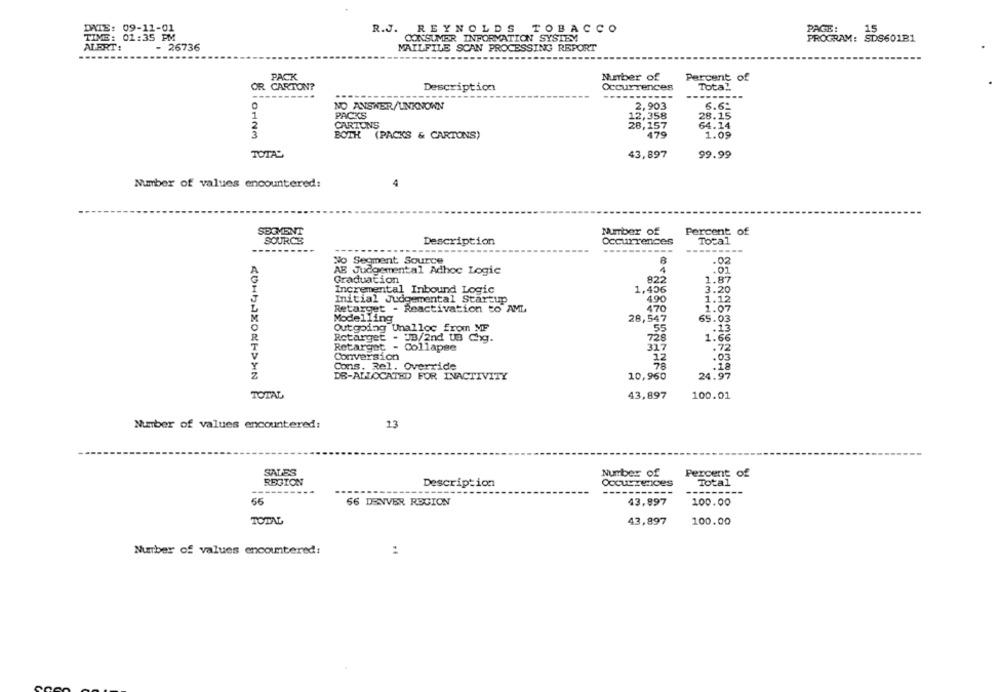
R.J. REYNOLDS TOBACCO
PAGE:
15
PAIS: 09-11-01
CONSUMER INFORMATION SYSTEM
PROGRAM: SDS601B1
ALERT:
- 26736
MAILFILE SCAN PROCESSING REPORT
PACK
Number of
Percent of
OR CARTON?
Description
Occurrences
Total
---
----
---
--.
-----
NO ANSWER/UNKNOWN
2,903
6.62
PACKS
12,358
28.15
CARTONS
28,157
64.14
0123
BOTH (PACKS & CARTONS)
479
1.09
TOTAL
43,897
99.99
Number of values encountered:
4
SEGMENT
Number of
Percent of
SOURCE
Description
Occurrences
Total
----------
------
No Segment Source
8
.02
AE Judgemental Adhoc Logic
4
.01
Graduation
822
1.87
Incremental Inbound Logic
1,406
3.20
490
Initial Judgemental Startup
1.12
Retarget - Reactivation to AML
1.07
28,547
65.03
Modelling
Outgoing Unalloc from MF
.13
Rotarget - JB/2nd UB Chg.
728
1.66
Retarget - Collapse
327
.72
Conversion
.02
Cons. Rel. Override
KOHRAZONESHN
DE-ALLOCATED FOR INACTIVITY
10,960
24.97
TOTAL
43,897
100.01
Number of values encountered:
13
SALES
Number of
Percent of
REGION
Description
Occurrences
Total
---
---
55
56 DENVER REGION
43,897
100.00
TOTAL
43,897
100.00
Number of values encountered:
: